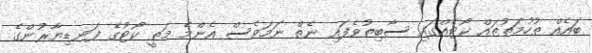
ބައެއް ތުހުމަތުތައް ކޯޓެއްގައި ސާބިތުވެފައި ނެތް ނަމަވެސް އެންމެ މަތީ ކޯޓުގެ ފަނޑިޔާރުންގެ